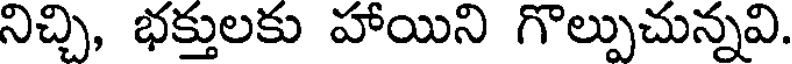
నిచ్చి, భక్తులకు హాయిని గొల్పుచున్నవి.